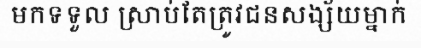
មកទទួល ស្រាប់តែត្រូវជនសង្ស័យម្នាក់